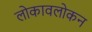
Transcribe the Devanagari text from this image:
लोकावलोकन